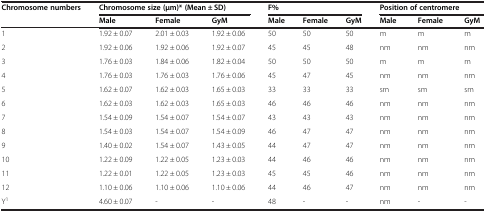
| Chromosome numbers | <COLSPAN=3> Chromosome size (μm)* (Mean ± SD) | <COLSPAN=3> F% | <COLSPAN=3> Position of centromere |
 |  | Male | Female | GyM | Male | Female | GyM | Male | Female | GyM |
 | --- | --- | --- | --- | --- | --- | --- | --- | --- | --- |
 | 1 | 1.92 ± 0.07 | 2.01 ± 0.03 | 1.92 ± 0.06 | 50 | 50 | 50 | m | m | m |
 | 2 | 1.92 ± 0.06 | 1.92 ± 0.06 | 1.92 ± 0.07 | 45 | 45 | 48 | nm | nm | nm |
 | 3 | 1.76 ± 0.03 | 1.84 ± 0.06 | 1.82 ± 0.04 | 50 | 50 | 50 | m | m | m |
 | 4 | 1.76 ± 0.03 | 1.76 ± 0.03 | 1.76 ± 0.06 | 45 | 47 | 45 | nm | nm | nm |
 | 5 | 1.62 ± 0.07 | 1.62 ± 0.03 | 1.65 ± 0.03 | 33 | 33 | 33 | sm | sm | sm |
 | 6 | 1.62 ± 0.03 | 1.62 ± 0.03 | 1.65 ± 0.03 | 46 | 46 | 46 | nm | nm | nm |
 | 7 | 1.54 ± 0.09 | 1.54 ± 0.07 | 1.54 ± 0.07 | 43 | 43 | 43 | nm | nm | nm |
 | 8 | 1.54 ± 0.03 | 1.54 ± 0.07 | 1.54 ± 0.09 | 46 | 47 | 47 | nm | nm | nm |
 | 9 | 1.40 ± 0.02 | 1.54 ± 0.07 | 1.43 ± 0.05 | 44 | 47 | 47 | nm | nm | nm |
 | 10 | 1.22 ± 0.09 | 1.22 ± 0.05 | 1.23 ± 0.03 | 44 | 46 | 46 | nm | nm | nm |
 | 11 | 1.22 ± 0.01 | 1.22 ± 0.05 | 1.23 ± 0.03 | 45 | 45 | 46 | nm | nm | nm |
 | 12 | 1.10 ± 0.06 | 1.10 ± 0.06 | 1.10 ± 0.06 | 44 | 46 | 47 | nm | nm | nm |
 | Y1 | 4.60 ± 0.07 | - | - | 48 | - | - | nm | - | - |